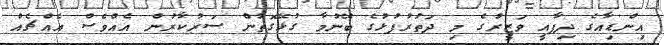
އިންޑިއާގެ ދިފާއީ ވަޒީރުގެެ މި ދަތުރުފުޅުގެ ބޭނުމާ ގުޅޭގޮތުން ސަރުކާރުން އެއްވެސް އެއްޗެއް